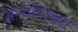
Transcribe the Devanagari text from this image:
अन्योनाश्रय